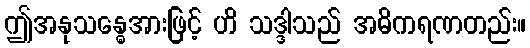
ဤအနုသန္ဓေအားဖြင့် ဟိ သဒ္ဒါသည် အဓိကရဏတည်း။